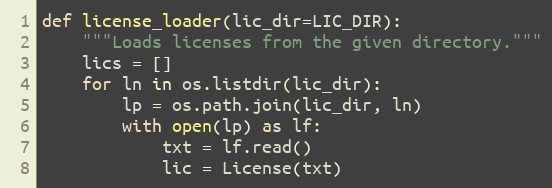
Language: Python
def license_loader(lic_dir=LIC_DIR):
    """Loads licenses from the given directory."""
    lics = []
    for ln in os.listdir(lic_dir):
        lp = os.path.join(lic_dir, ln)
        with open(lp) as lf:
            txt = lf.read()
            lic = License(txt)